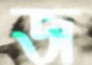
জ